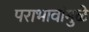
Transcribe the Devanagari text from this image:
पराभावांमुळे